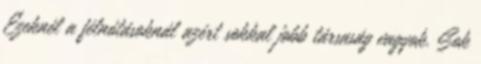
Ezeknél a félnótásoknál azért sokkal jobb társaság vagyok. Sok